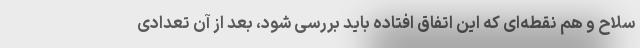
سلاح و هم نقطه‌ای که این اتفاق افتاده باید بررسی شود، بعد از آن تعدادی